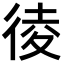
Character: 𢔁